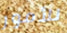
للأمور